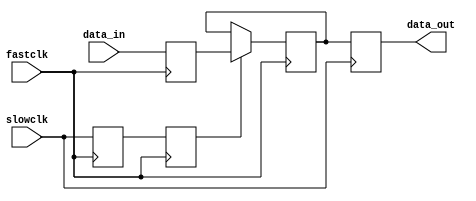
module clock_sync_fast_to_slow #(parameter length = 1) (slowclk, fastclk, data_in, data_out);
//clock synchronizer for two different clock domains 
input wire slowclk, fastclk; //slow clock and fast clock 
input wire [length-1:0] data_in; //incoming data
output wire [length-1:0] data_out; 

//registers required for this clock synchronizer 
reg [length-1:0] r1,r2,r3; 
reg r4,r5; 
wire en; //enable for a register 

assign en = r5;
assign data_out = r3;

always @(posedge fastclk)
begin 
r1 <= data_in;
if (en) r2 <= r1;
end 


always @(posedge slowclk)
begin
r3 <= r2;
end

//clock sampling register update.
always @(posedge (~fastclk))
begin
r4 <= slowclk;
r5 <= r4;
end

endmodule